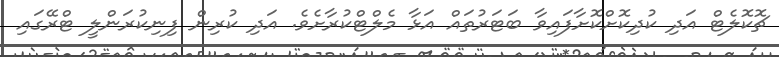
ޗޮކޮލެޓް އަދި ކުދިކޮށްކޮށާފައިވާ ބަޓަރުތައް އަޅާ މެލްޓްކުރާށެވެ. އަދި ކުރިން ފިނިކުރަންލީ ޓްރޭގައި